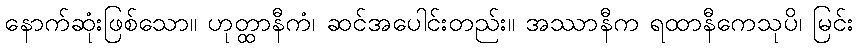
နောက်ဆုံးဖြစ်သော။ ဟုတ္ထာနီကံ၊ ဆင်အပေါင်းတည်း။ အဿာနီက ရထာနီကေသုပိ၊ မြင်း